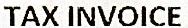
TAX INVOICE